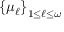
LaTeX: \left\{ \mu _ { \ell } \right\} _ { 1 \leq \ell \leq \omega }